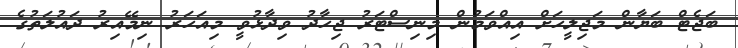
ބަޖެޓް ބަޔާން މަޖިލީހަށް އިއްވަމުން މިނިސްޓަރު ޖިހާދު ވިދާޅުވީ މިއަހަރު ނިމޭއިރު ދައުލަތުގެ